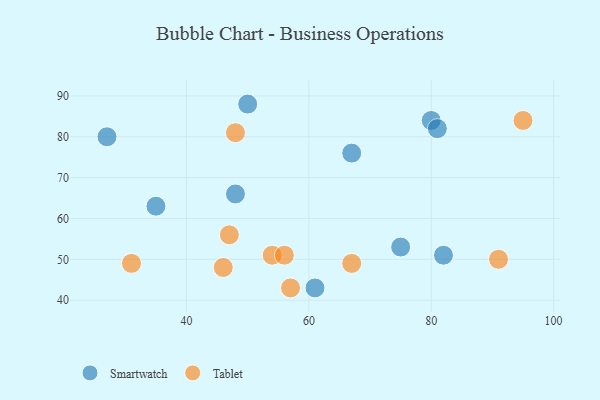
{"axis": {"x": "GDP", "y": "Life Expectancy"}, "legend": ["Smartwatch", "Tablet"], "data": [{"x": "82", "y": 51, "type": "Smartwatch"}, {"x": "67", "y": 76, "type": "Smartwatch"}, {"x": "80", "y": 84, "type": "Smartwatch"}, {"x": "50", "y": 88, "type": "Smartwatch"}, {"x": "27", "y": 80, "type": "Smartwatch"}, {"x": "35", "y": 63, "type": "Smartwatch"}, {"x": "75", "y": 53, "type": "Smartwatch"}, {"x": "61", "y": 43, "type": "Smartwatch"}, {"x": "81", "y": 82, "type": "Smartwatch"}, {"x": "48", "y": 66, "type": "Smartwatch"}, {"x": "54", "y": 51, "type": "Tablet"}, {"x": "48", "y": 81, "type": "Tablet"}, {"x": "57", "y": 43, "type": "Tablet"}, {"x": "31", "y": 49, "type": "Tablet"}, {"x": "95", "y": 84, "type": "Tablet"}, {"x": "47", "y": 56, "type": "Tablet"}, {"x": "67", "y": 49, "type": "Tablet"}, {"x": "46", "y": 48, "type": "Tablet"}, {"x": "91", "y": 50, "type": "Tablet"}, {"x": "56", "y": 51, "type": "Tablet"}]}